Vaccination in the Punjab 1867-1880 - 1867-1880
Year: 1867
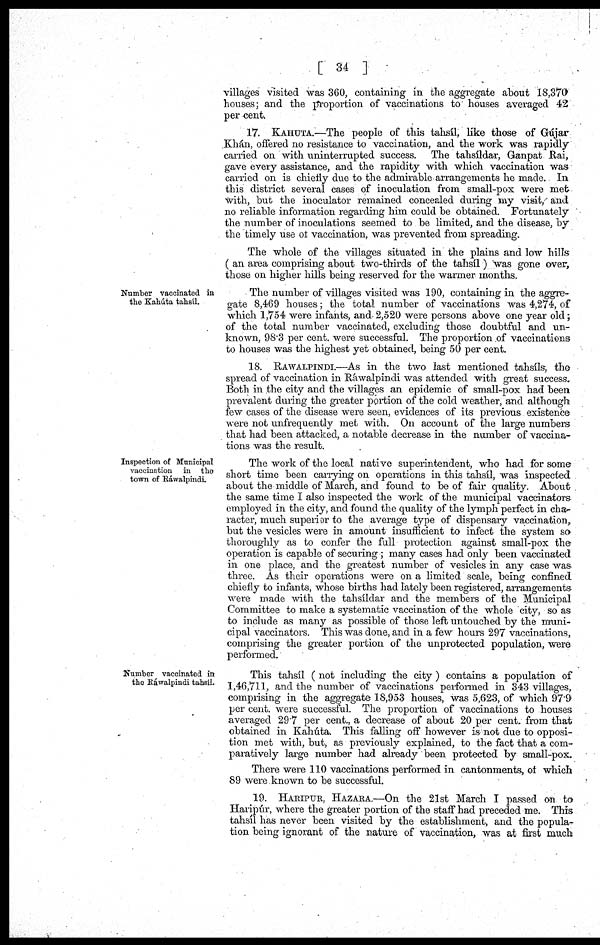
[ 34 ]
villages visited was 360, containing in the aggregate about 18,370
houses; and the proportion of vaccinations to' houses averaged 42
per cent.
17. KAHUTA.—The people of this tahsíl, like those of Gújar
Khán, offered no resistance to vaccination, and the work was rapidly
carried on with uninterrupted success. The tahsíldar, Ganpat Rai,
gave every assistance, and the rapidity with which vaccination was
carried on is chiefly due to the admirable arrangements he made. In
this district several cases of inoculation from small-pox were met
with, but the inoculator remained concealed during my visit, and
no reliable information regarding him could be obtained. Fortunately
the number of inoculations seemed to be limited, and the disease, by
the timely use of vaccination, was prevented from spreading.
The whole of the villages situated in the plains and low hills
( an area comprising about two-thirds of the tahsíl) was gone over,
those on higher hills being reserved for the warmer months.
Number vaccinated in
the Kahúta tahsíl.
The number of villages visited was 190, containing in the aggre-
gate 8,469 houses; the total number of vaccinations was 4,274, of
which 1,754 were infants, and 2,520 were persons above one year old;
of the total number vaccinated, excluding those doubtful and un-
known, 98.3 per cent. were successful. The proportion of vaccinations
to houses was the highest yet obtained, being 50 per cent.
18. RAWALPINDI.—As in the two last mentioned tahsíls, the
spread of vaccination in Ráwalpindi was attended with great success.
Both in the city and the villages an epidemic of small-pox had been
prevalent during the greater portion of the cold weather, and although
few cases of the disease were seen, evidences of its previous existence
were not unfrequently met with. On account of the large numbers
that had been attacked, a notable decrease in the number of vaccina-
tions was the result.
Inspection of Municipal
vaccination in the
town of Rawalpindi.
The work of the local native superintendent, who had for some
short time been carrying on operations in this tahsíl, was inspected
about the middle of March, and found to be of fair quality. About
the same time I also inspected the work of the municipal vaccinators
employed in the city, and found the quality of the lymph perfect in cha-
racter, much superior to the average type of dispensary vaccination,
but the vesicles were in amount insufficient to infect the system so
thoroughly as to confer the full protection against small-pox the
operation is capable of securing; many cases had only been vaccinated
in one place, and the greatest number of vesicles in any case was
three. As their operations were on a limited scale, being confined
chiefly to infants, whose births had lately been registered, arrangements
were made with the tahsíldar and the members of the Municipal.
Committee to make a systematic vaccination of the whole city, so as
to include as many as possible of those left untouched by the muni-
cipal vaccinators. This was done, and in a few hours 297 vaccinations,
comprising the greater portion of the unprotected population, were
performed.
Number vaccinated in
the Ráwalpindi tahsíl.
This tahsíl ( not including the city) contains a population of
1,46,711, and the number of vaccinations performed in 343 villages,
comprising in the aggregate 18,953 houses, was 5,623, of which 97*9
per cent. were successful. The proportion of vaccinations to houses
averaged 29.7 per cent., a decrease of about 20 per cent. from that
obtained in Kahúta. This falling off however is not due to opposi-
tion met with, but, as previously explained, to the fact that a com-
paratively large number had already been protected by small-pox.
There were 110 vaccinations performed in cantonments, of which
89 were known to be successful.
19. HARIPUR, HAZARA.—On the 21st March I passed on to
Haripúr, where the greater portion of the staff had preceded me. This
tahsíl has never been visited by the establishment, and the popula-
tion being ignorant of the nature of vaccination, was at first much